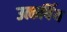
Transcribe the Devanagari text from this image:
उत्कर्षिय